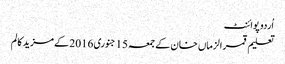
اُردو پوائنٹ
تعلیم قمر الزماں خان کے جمعہ 15 جنوری 2016 کے مزید کالم